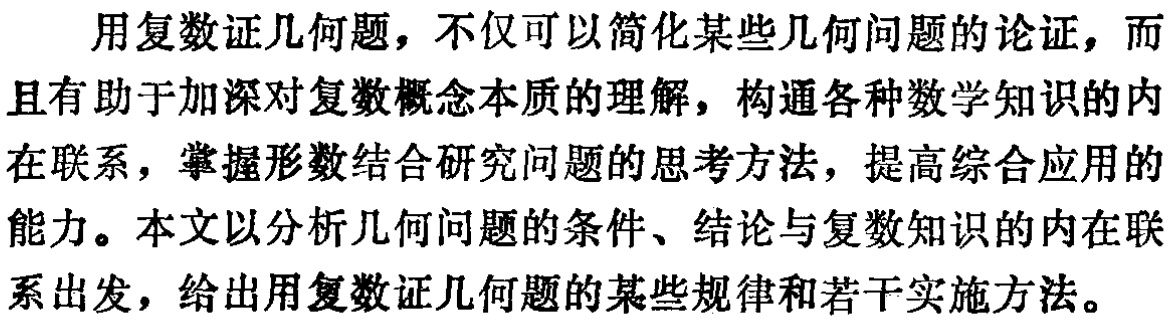
用复数证几何题，不仅可以简化某些几何问题的论证，而且有助于加深对复数概念本质的理解，构通各种数学知识的内在联系，掌握形数结合研究问题的思考方法，提高综合应用的能力。本文以分析几何问题的条件、结论与复数知识的内在联系出发，给出用复数证几何题的某些规律和若干实施方法。